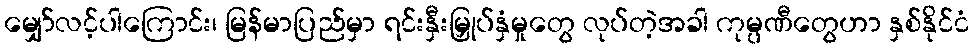
မျှော်လင့်ပါကြောင်း၊ မြန်မာပြည်မှာ ရင်းနှီးမြှုပ်နှံမှုတွေ လုပ်တဲ့အခါ ကုမ္ပဏီတွေဟာ နှစ်နိုင်ငံ